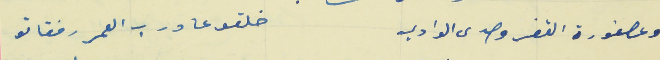
وعصفورة القفر وصدى الوادي                                   خلقو عا درب العمر رفقاتو